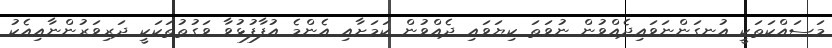
މަސައްކަތަކީ އުނގަންނަވައިދެއްވުން ނުވަތަ ކިޔަވައި ދެއްވުން ކަމަށާއި އެންމެ އުފާފުޅުވާ ވަގުތުތަކަކީ ދަރިވަރުންނާއިއެކު